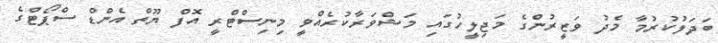
ބަދަލުކުރުމާ މެދު ވަޒީރުންގެ މަޖިލީހުގައި މަޝްވަރާކުރެއްވީ މިނިސްޓްރީ އޮފް ޔޫތް އެންޑް ސްޕޯޓްގެ